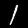
Digit: 1